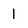
Character: 1